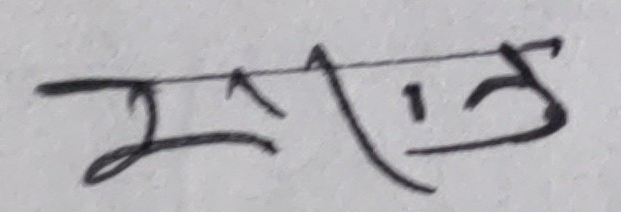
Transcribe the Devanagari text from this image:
सताउन